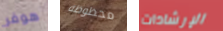
هوفر محظوظة الإرشادات